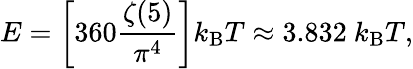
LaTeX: E=\left[360{\frac{\zeta(5)}{\pi^{4}}}\right]k_{\mathrm{B}}T\approx 3.832\ k_{\mathrm{B}}T,